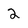
Character: 2